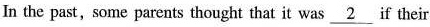
In the past,some parents thought that it was \underline{2} if their